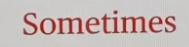
Sometimes